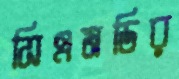
সিএমডির